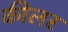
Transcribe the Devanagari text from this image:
कीलर